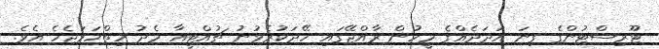
ޓޫރިސްޓުންގެ ގިނަ އަދަދެއްގެ މީހުން ރާއްޖޭގައި ހޭދަކުރެވުނު ޗުއްޓީއާ މެދު ހިތްހަމަޖެހެ އެވެ.